Calcutta medical institutions reports 1879-81 [i.e.91]
Year: 1879
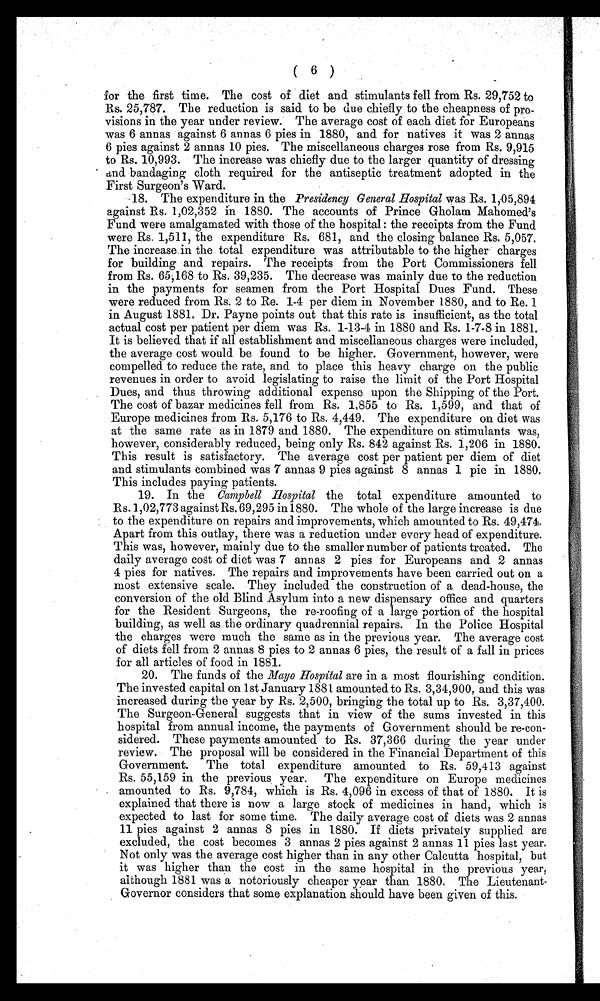
( 6 )
for the first time. The cost of diet and stimulants fell from Rs. 29,752 to
Rs. 25,787. The reduction is said to be due chiefly to the cheapness of pro-
visions in the year under review. The average cost of each diet for Europeans
was 6 annas against 6 annas 6 pies in 1880, and for natives it was 2 annas
6 pies against 2 annas 10 pies. The miscellaneous charges rose from Rs. 9,915
to Rs. 10,993. The increase was chiefly due to the larger quantity of dressing
and bandaging cloth required for the antiseptic treatment adopted in the
First Surgeon's Ward.
18. The expenditure in the Presidency General Hospital was Rs. 1,05,894
against Rs. 1,02,352 in 1880. The accounts of Prince Gholam Mahomed's
Fund were amalgamated with those of the hospital : the receipts from the Fund
were Rs. 1,511, the expenditure Rs. 681, and the closing balance Rs. 5,057.
The increase in the total expenditure was attributable to the higher charges
for building and repairs. The receipts from the Port Commissioners fell
from Rs. 65,168 to Rs. 39,235. The decrease was mainly due to the reduction
in the payments for seamen from the Port Hospital Dues Fund. These
were reduced from Rs. 2 to Re. 1.4 per diem in November 1880, and to Re. 1
in August 1881. Dr. Payne points out that this rate is insufficient, as the total
actual cost per patient per diem was Rs. 1-13-4 in 1880 and Rs. 1-7-8 in 1881.
It is believed that if all establishment and miscellaneous charges were included,
the average cost would be found to be higher. Government, however, were
compelled to reduce the rate, and to place this heavy charge on the public
revenues in order to avoid legislating to raise the limit of the Port Hospital
Dues, and thus throwing additional expense upon the Shipping of the Port.
The cost of bazar medicines fell from Rs. 1,855 to Rs. 1,599, and that of
Europe medicines from Rs. 5,176 to Rs. 4,449. The expenditure on diet was
at the same rate as in 1879 and 1880. The expenditure on stimulants was,
however, considerably reduced, being only Rs. 842 against Rs. 1,206 in 1880.
This result is satisfactory. The average cost per patient per diem of diet
and stimulants combined was 7 annas 9 pies against 8 annas 1 pie in 1880.
This includes paying patients.
19. In the Campbell Hospital the total expenditure amounted to
Rs. 1,02,773 against Rs. 69,295 in 1880. The whole of the large increase is due
to the expenditure on repairs and improvements, which amounted to Rs. 49,474.
Apart from this outlay, there was a reduction under every head of expenditure.
This was, however, mainly due to the smaller number of patients treated. The
daily average cost of diet was 7 annas 2 pies for Europeans and 2 annas
4 pies for natives. The repairs and improvements have been carried out on a
most extensive scale. They included the construction of a dead-house, the
conversion of the old Blind Asylum into a new dispensary office and quarters
for the Resident Surgeons, the re-roofing of a large portion of the hospital
building, as well as the ordinary quadrennial repairs. In the Police Hospital
the charges were much the same as in the previous year. The average cost
of diets fell from 2 annas 8 pies to 2 annas 6 pies, the result of a fall in prices
for all articles of food in 1881.
20. The funds of the Mayo Hospital are in a most flourishing condition.
The invested capital on 1st January 1881 amounted to Rs. 3,34,900, and this was
increased during the year by Rs. 2,500, bringing the total up to Rs. 3,37,400.
The Surgeon-General suggests that in view of the sums invested in this
hospital from annual income, the payments of Government should be re-con-
sidered. These payments amounted to Rs. 37,366 during the year under
review. The proposal will be considered in the Financial Department of this
Government. The total expenditure amounted to Rs. 59,413 against
Rs. 55,159 in the previous, year. The expenditure on Europe medicines
amounted to Rs. 9,784, which is Rs. 4,096 in excess of that of 1880. It is
explained that there is now a large stock of medicines in hand, which is
expected to last for some time. The daily average cost of diets was 2 annas
11 pies against 2 annas 8 pies in 1880. If diets privately supplied are
excluded, the cost becomes 3 annas 2 pies against 2 annas 11 pies last year,
Not only was the average cost higher than in any other Calcutta hospital, but
it was higher than the cost in the same hospital in the previous year,
although 1881 was a notoriously cheaper year than 1880. The Lieutenant-
Governor considers that some explanation should have been given of this.